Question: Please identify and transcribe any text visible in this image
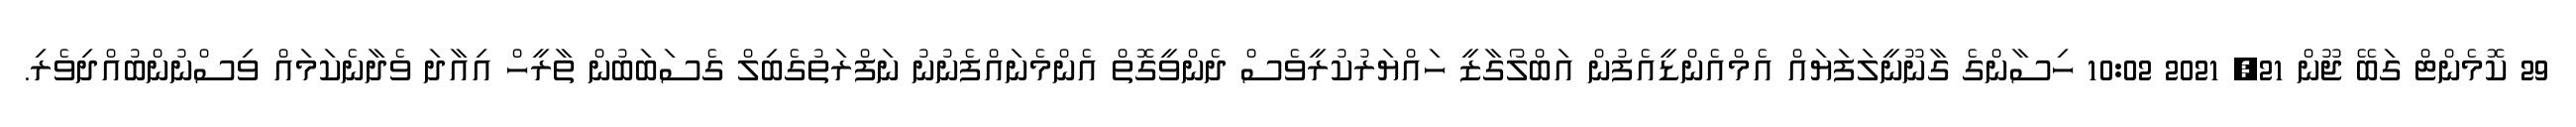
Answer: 29 ކޮމެންޓް ގަބޭ ޖޫން 21, 2021 10:02 ހިސާންގެ ގާނޫނީލަފަޔައް އެމްއެންޑީއެފުން އަބްލޯގާޒީ ހައްޔަރުކުރީވެސް ދެންވީގޮތް އެންމެނައްފެނުނު ނަފްރަތުގެބިލް ގެސަބަބުން ތާރީހް އިއާދަ ވެދާނެކަމައް ވިސްނުންބުއްދިވެރި.